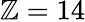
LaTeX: \mathbb{Z}=14